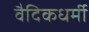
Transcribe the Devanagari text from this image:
वैदिकधर्मी